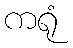
ကရုံ